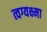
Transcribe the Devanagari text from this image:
त्वग्यक्ष्मा